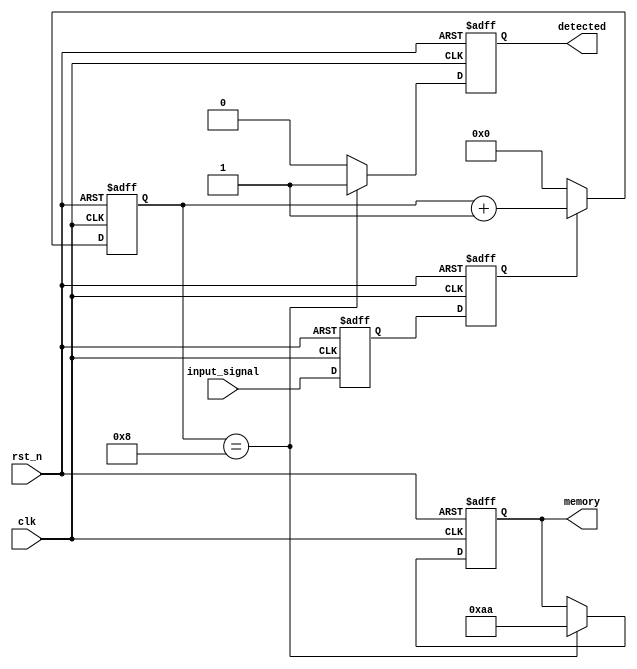
module dual_ff_detector (
    input wire clk,            // Clock signal
    input wire rst_n,         // Active low reset
    input wire input_signal,   // Input signal to be monitored
    output reg detected,      // Output signal indicating detection of a pattern
    output reg [7:0] memory   // Memory block to store the detected pattern
);

// Internal signals for flip-flops
reg ff1, ff2;
reg [7:0] pattern_counter;

// Pattern to detect (for example: 8'b10101010)
localparam DETECT_PATTERN = 8'b10101010;

// Flip-Flops for synchronization
always @(posedge clk or negedge rst_n) begin
    if (!rst_n) begin
        ff1 <= 1'b0;
        ff2 <= 1'b0;
    end else begin
        ff1 <= input_signal; // Sample the input signal
        ff2 <= ff1;          // Synchronize with the second flip-flop
    end
end

// Pattern detection logic
always @(posedge clk or negedge rst_n) begin
    if (!rst_n) begin
        detected <= 1'b0;
        pattern_counter <= 8'b0;
        memory <= 8'b0;
    end else begin
        // Check for the specific pattern
        if (ff2 == 1'b1) begin // Example condition for detecting transition
            pattern_counter <= pattern_counter + 1;
        end else begin
            pattern_counter <= 8'b0; // Reset on low
        end

        // Store the detected pattern in memory when the specific pattern is detected
        if (pattern_counter == 8) begin // Example: count to 8 for pattern detection
            detected <= 1'b1;
            memory <= DETECT_PATTERN; // Store the detected pattern
        end else begin
            detected <= 1'b0; // Reset detected output if pattern not found
        end
    end
end

endmodule